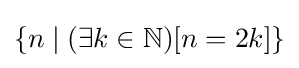
\{n\mid (\exists k\in \mathbb {N} )[n=2k]\}